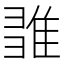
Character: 𨿉